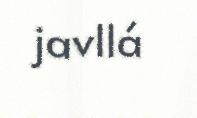
javllá